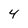
Character: 4